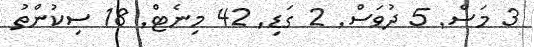
3 މަސް